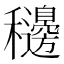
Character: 𥤓